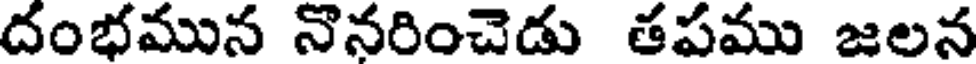
దంభమున నొనరించెడు తపము జలన